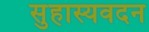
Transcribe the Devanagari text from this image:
सुहास्यवदन